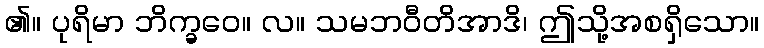
၏။ ပုရိမာ ဘိက္ခဝေ။ လ။ သမဘဝီတိအာဒိ၊ ဤသို့အစရှိသော။